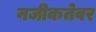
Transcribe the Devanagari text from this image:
नजीकतेवर